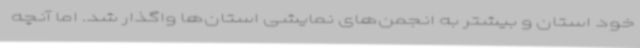
خود استان و بیشتر به انجمن‌های نمایشی استان‌ها واگذار شد. اما آنچه